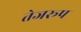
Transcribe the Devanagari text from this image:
तेजरूप